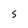
Character: S